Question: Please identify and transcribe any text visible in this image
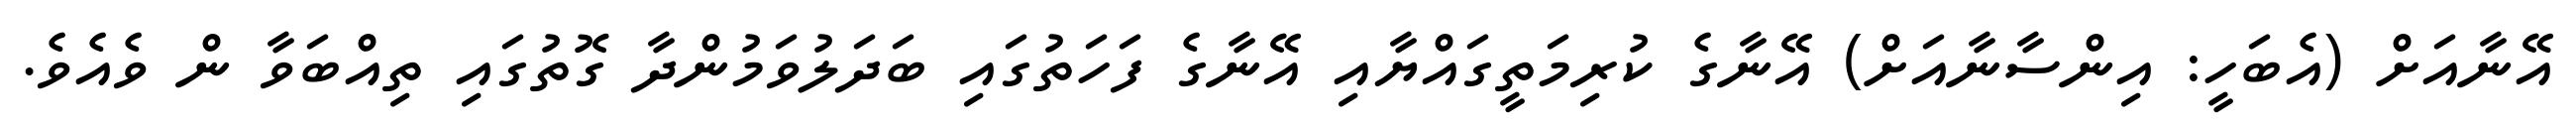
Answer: އޭނާއަށް (އެބަހީ: އިންސާނާއަށް) އޭނާގެ ކުރިމަތީގައްޔާއި އޭނާގެ ފަހަތުގައި ބަދަލުވަމުންދާ ގޮތުގައި ތިއްބަވާ ން ވެއެވެ.